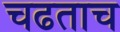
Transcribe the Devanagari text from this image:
चढताच